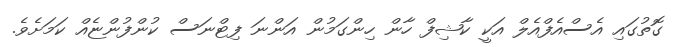
ގޮތުގައި އެސްއެފްއެލް އަކީ ކާޝިފް ހާން ހިންގަމުން އަންނަ ފިޓްނަސް ކުންފުންޏެއް ކަމަށެވެ.